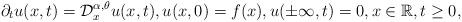
LaTeX: \begin{align*}\partial _{t}u(x,t)=\mathcal{D}_{x}^{\alpha ,\theta }u(x,t),u(x,0)=f(x),u(\pm \infty ,t)=0,x\in \mathbb{R},t\geq 0,\end{align*}